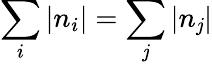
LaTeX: \sum_{i}\left|n_{i}\right|=\sum_{\mathit{j}}\left|n_{\mathit{j}}\right|